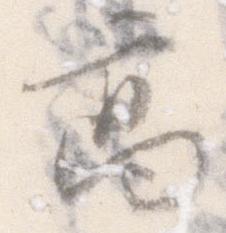
高